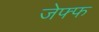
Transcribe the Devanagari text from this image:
जेफ्फ